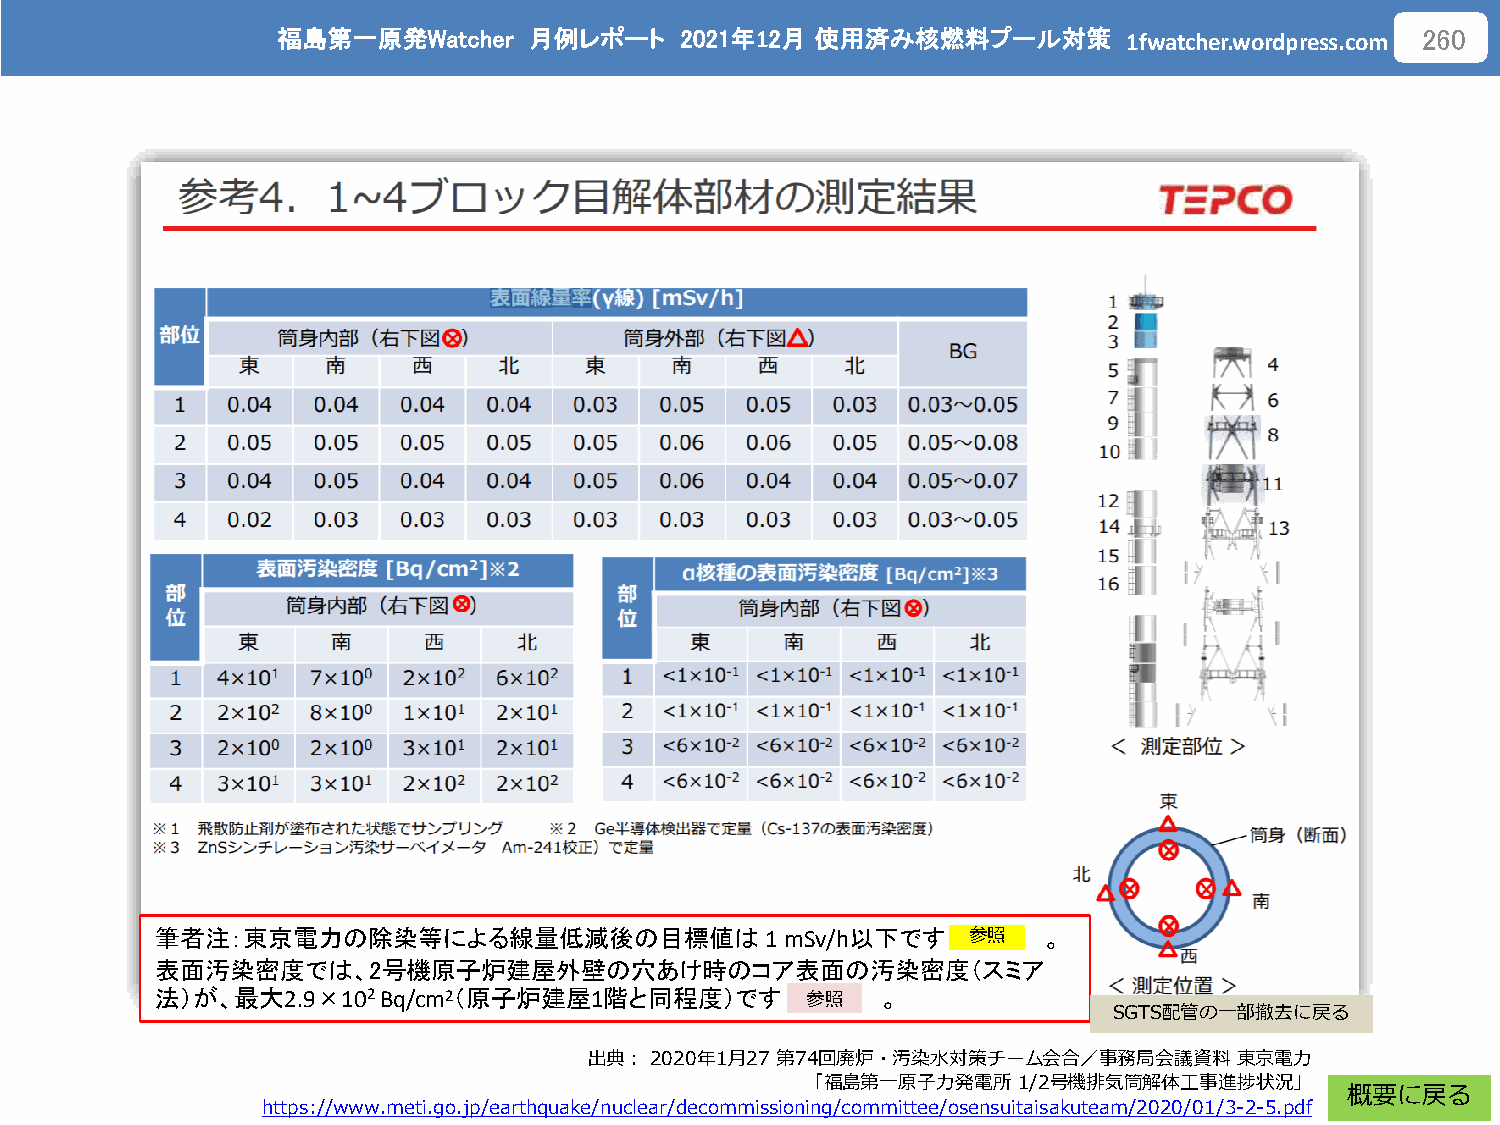
福島第一原発Watcher    月例レポート    2021年12月 使用済み核燃料プール対策
 1fwatcher.wordpress.com
 260
 筆者注：東京電力の除染等による線量低減後の目標値は1                mSv/h以下です
 参照
 。
 表面汚染密度では、2号機原子炉建屋外壁の穴あけ時のコア表面の汚染密度（スミア
 法）が、最大2.9×102Bq/cm2（原子炉建屋1階と同程度）です
 参照
 。
 SGTS配管の一部撤去に戻る
 出典：2020年1月27 第74回廃炉・汚染水対策チーム会合／事務局会議資料     東京電力
 「福島第一原子力発電所1/2号機排気筒解体工事進捗状況」
 概要に戻る
 https://www.meti.go.jp/earthquake/nuclear/decommissioning/committee/osensuitaisakuteam/2020/01/3-2-5.pdf